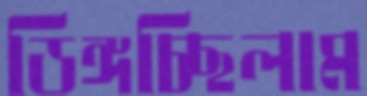
ডিঙ্গচ্ছিলাম